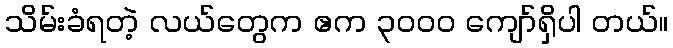
သိမ်းခံရတဲ့ လယ်တွေက ဧက ၃၀၀၀ ကျော်ရှိပါ တယ်။